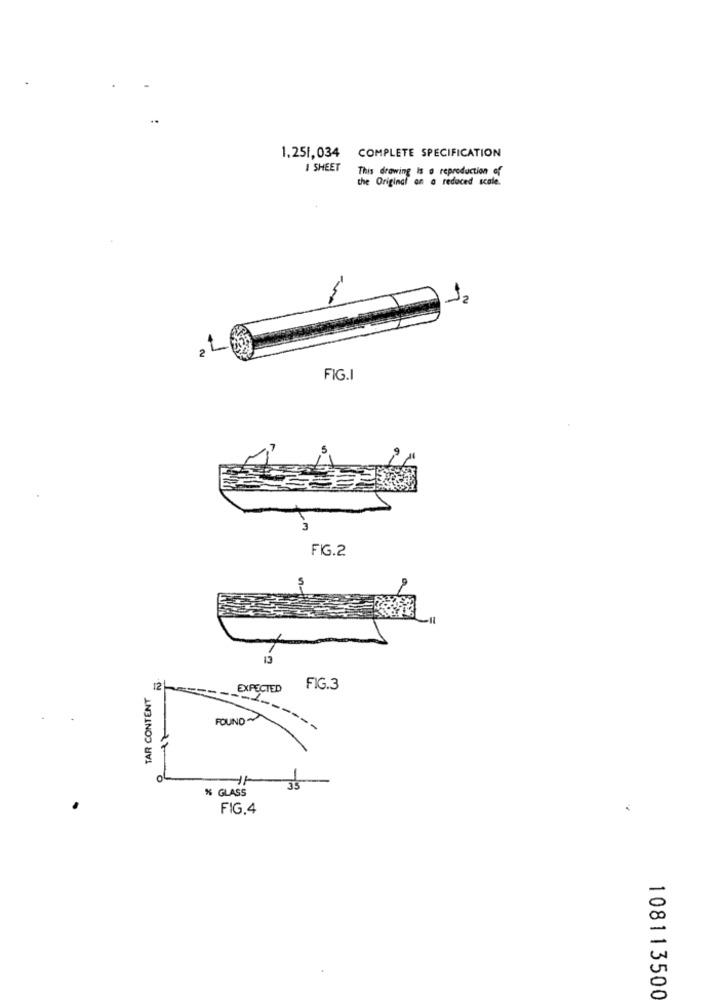
1,251,034 COMPLETE SPECIFICATION
I SHEET
This drawing is a reproduction of
the Original on a reduced scale.
12
FIG.I
FIG.2
TAR CONTENT
12
EXPECTED
FIG.3
FOUND
% GLASS
35
FIG.4
108113500